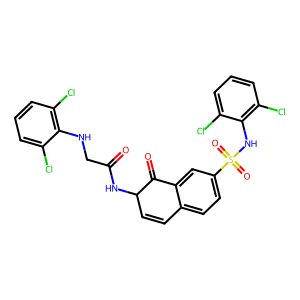
SMILES: O=C(CNc1c(Cl)cccc1Cl)NC1C=Cc2ccc(S(=O)(=O)Nc3c(Cl)cccc3Cl)cc2C1=O
Inhibits HIV replication: No